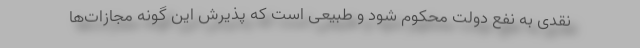
نقدی به نفع دولت محکوم شود و طبیعی است که پذیرش این گونه مجازات‌ها